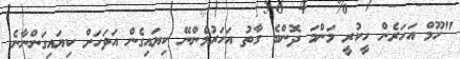
"ހޫމް އަހަރެން ހީކުރީ މަންމަ ދޮންބެ ގާތު އަހަރުމެންނޭ ކިޔައިގެން އަވަހަށް ކިޔައިގަންނާނެ